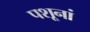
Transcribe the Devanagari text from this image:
पशूनां